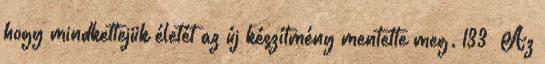
hogy mindkettejük életét az új készítmény mentette meg. 133 Az